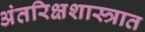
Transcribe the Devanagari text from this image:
अंतरिक्षशास्त्रात